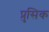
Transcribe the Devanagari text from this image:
प्रुसिक